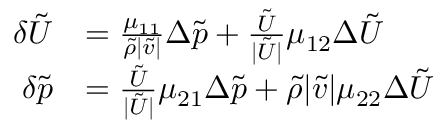
\begin{array} { r l } { \delta \tilde { U } } & { = \frac { \mu _ { 1 1 } } { \tilde { \rho } | \tilde { v } | } \Delta \tilde { p } + \frac { \tilde { U } } { | \tilde { U } | } \mu _ { 1 2 } \Delta \tilde { U } } \\ { \delta \tilde { p } } & { = \frac { \tilde { U } } { | \tilde { U } | } \mu _ { 2 1 } \Delta \tilde { p } + \tilde { \rho } | \tilde { v } | \mu _ { 2 2 } \Delta \tilde { U } } \end{array}